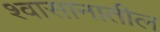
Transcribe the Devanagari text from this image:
श्वासानातील